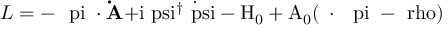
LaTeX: { \cal L } = - \mathrm { \boldmath ~ \ p i ~ } \bf \cdot \dot { A } \mathrm { + i \ p s i ^ { \dagger } \dot { \ p s i } - H _ { 0 } + A _ { 0 } ( \nabla \cdot \mathrm { \boldmath ~ \ p i ~ } - \ r h o ) }